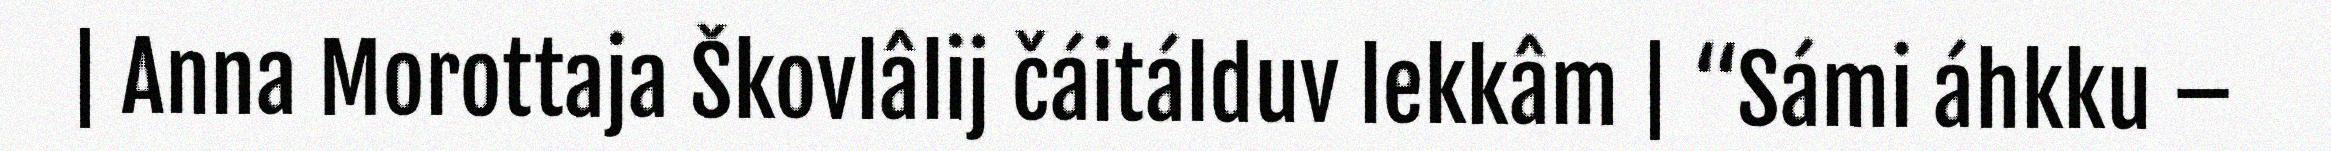
| Anna Morottaja Škovlâlij čáitálduv lekkâm | “Sámi áhkku –